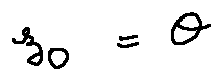
z _ { 0 } = \theta